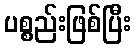
ပစ္စည်းဖြစ်ပြီး